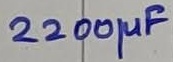
Text: 2200µF